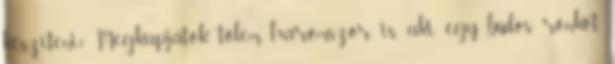
készíteni? Megkapjátok tőlem háromszor is, aki egy büdös rönköt